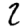
Digit: 2